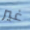
غير